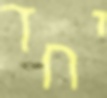
יחד